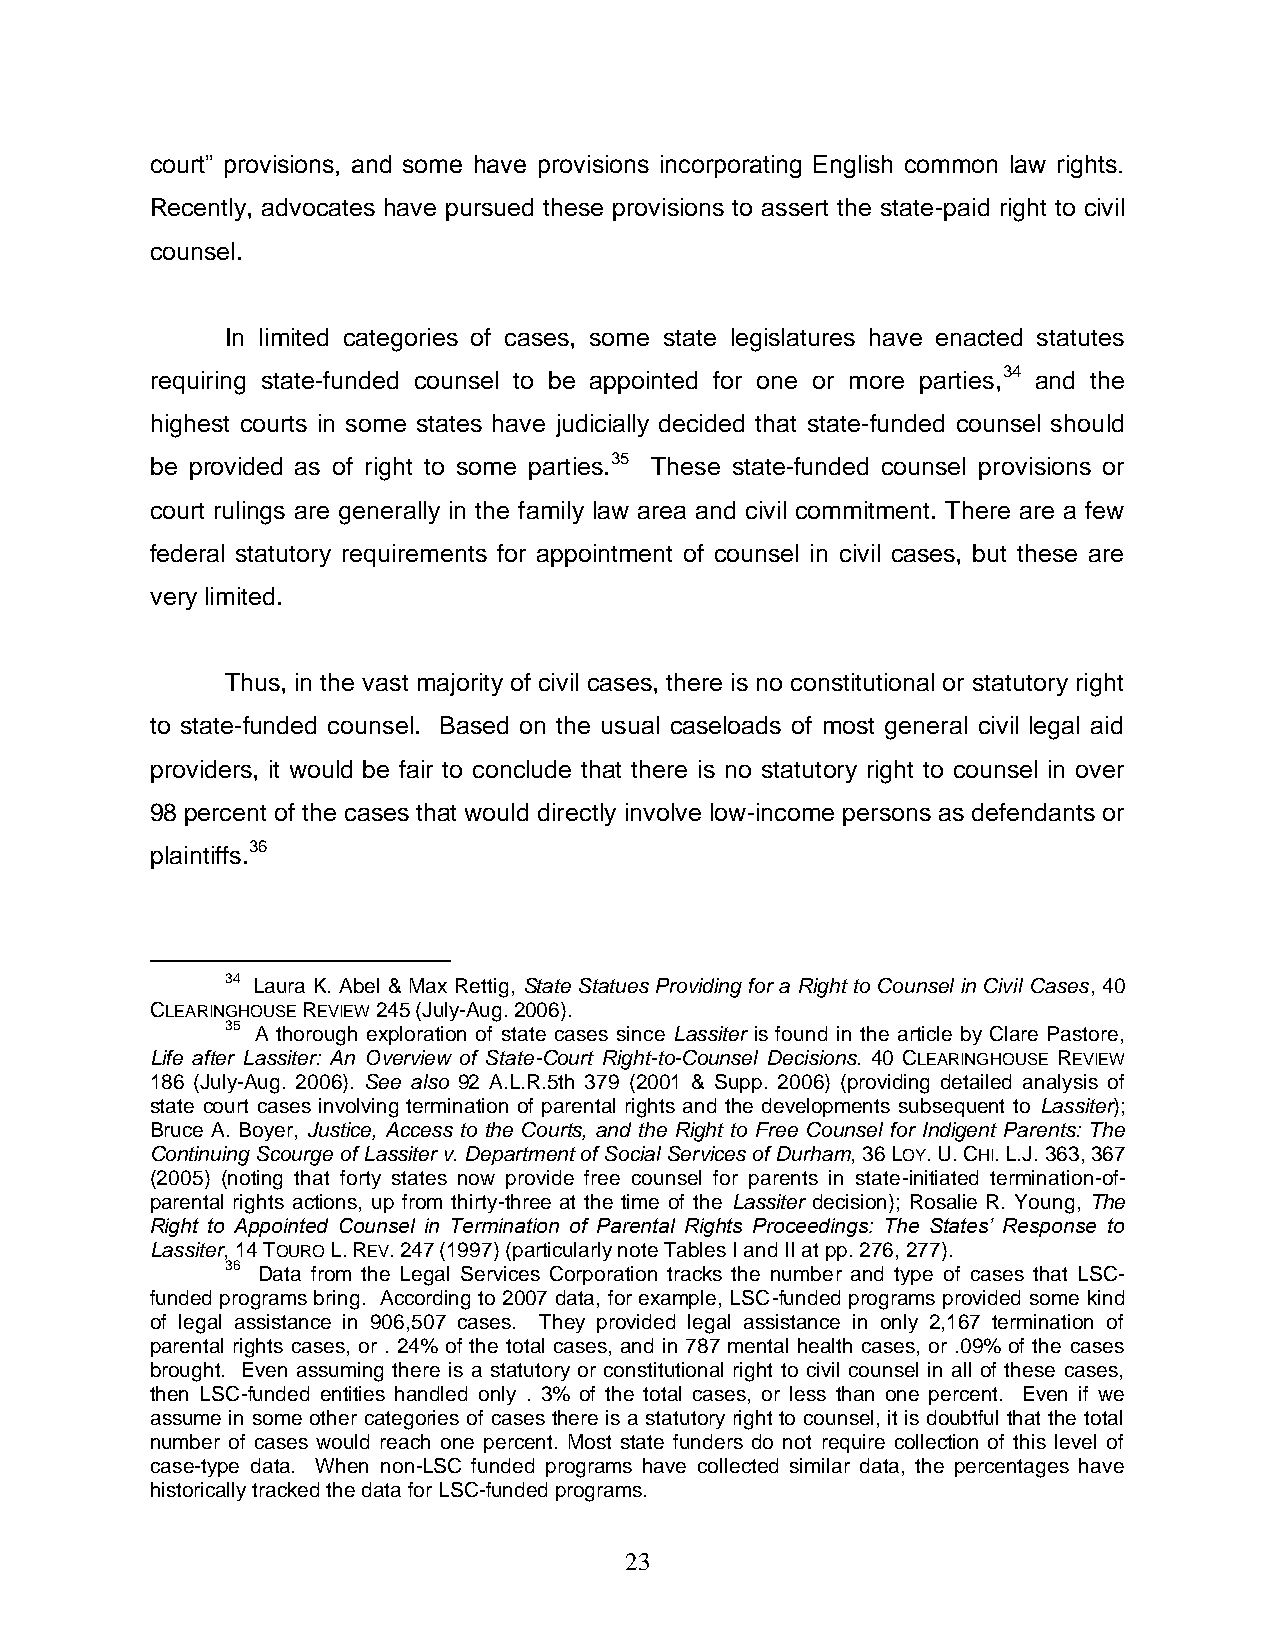
court‖ provisions, and some have provisions incorporating English common law rights.
 Recently, advocates have pursued these provisions to assert the state-paid right to civil
 counsel.
 In limited categories of cases, some state legislatures have enacted statutes
 requiring state-funded counsel to be appointed for one or more parties,34 and the
 highest courts in some states have judicially decided that state-funded counsel should
 be provided as of right to some parties.35 These state-funded counsel provisions or
 court rulings are generally in the family law area and civil commitment. There are a few
 federal statutory requirements for appointment of counsel in civil cases, but these are
 very limited.
 Thus, in the vast majority of civil cases, there is no constitutional or statutory right
 to state-funded counsel. Based on the usual caseloads of most general civil legal aid
 providers, it would be fair to conclude that there is no statutory right to counsel in over
 98 percent of the cases that would directly involve low-income persons as defendants or
 plaintiffs.36
 34 Laura K. Abel & Max Rettig, State Statues Providing for a Right to Counsel in Civil Cases, 40
 CLEARINGHOUSE REVIEW 245 (July-Aug. 2006).
 35 A thorough exploration of state cases since Lassiter is found in the article by Clare Pastore,
 Life after Lassiter: An Overview of State-Court Right-to-Counsel Decisions. 40 CLEARINGHOUSE REVIEW
 186 (July-Aug. 2006). See also 92 A.L.R.5th 379 (2001 & Supp. 2006) (providing detailed analysis of
 state court cases involving termination of parental rights and the developments subsequent to Lassiter);
 Bruce A. Boyer, Justice, Access to the Courts, and the Right to Free Counsel for Indigent Parents: The
 Continuing Scourge of Lassiter v. Department of Social Services of Durham, 36 LOY. U. CHI. L.J. 363, 367
 (2005) (noting that forty states now provide free counsel for parents in state-initiated termination-of-
 parental rights actions, up from thirty-three at the time of the Lassiter decision); Rosalie R. Young, The
 Right to Appointed Counsel in Termination of Parental Rights Proceedings: The States’ Response to
 Lassiter, 14 TOURO L. REV. 247 (1997) (particularly note Tables I and II at pp. 276, 277).
 36 Data from the Legal Services Corporation tracks the number and type of cases that LSC-
 funded programs bring. According to 2007 data, for example, LSC-funded programs provided some kind
 of legal assistance in 906,507 cases. They provided legal assistance in only 2,167 termination of
 parental rights cases, or . 24% of the total cases, and in 787 mental health cases, or .09% of the cases
 brought. Even assuming there is a statutory or constitutional right to civil counsel in all of these cases,
 then LSC-funded entities handled only . 3% of the total cases, or less than one percent. Even if we
 assume in some other categories of cases there is a statutory right to counsel, it is doubtful that the total
 number of cases would reach one percent. Most state funders do not require collection of this level of
 case-type data. When non-LSC funded programs have collected similar data, the percentages have
 historically tracked the data for LSC-funded programs.
 23